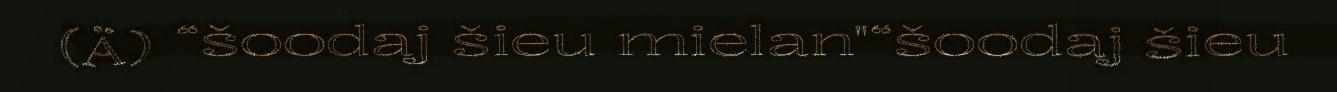
(Ä) “šoodaj šieu mielan"“šoodaj šieu